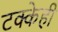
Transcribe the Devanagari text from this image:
टक्केही